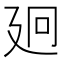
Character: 㢠